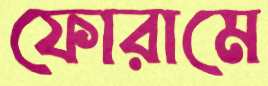
ফোরামে